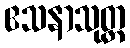
ဧသနာသုတ္တ